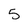
Character: 5